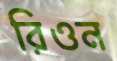
রিওন